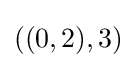
((0,2),3)